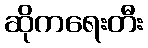
ဆိုကရေးတီး